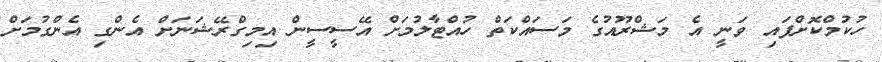
ހުކުމްކޮށްފައި ވަނީ އެ މަޝްރޫއުގެ މަސައްކަތް ހުއްޓާލުމަށް އޭސީސީން އިމިގްރޭޝަނަށް އެންގި އެންގުމަށް